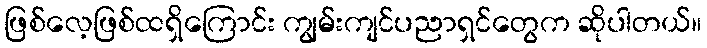
ဖြစ်လေ့ဖြစ်ထရှိကြောင်း ကျွမ်းကျင်ပညာရှင်တွေက ဆိုပါတယ်။